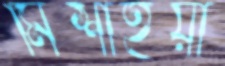
মিশাইয়া